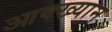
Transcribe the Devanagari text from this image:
आक्ख्यान